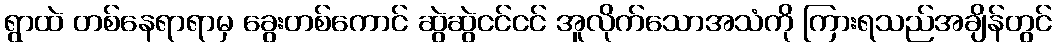
ရွာထဲ တစ်နေရာရာမှ ခွေးတစ်ကောင် ဆွဲဆွဲငင်ငင် အူလိုက်သောအသံကို ကြားရသည်အချိန်တွင်